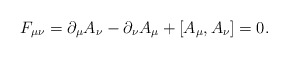
\begin{align*}F_{\mu\nu} = \partial_\mu A_\nu - \partial_\nu A_\mu + [A_\mu, A_\nu] = 0.\end{align*}